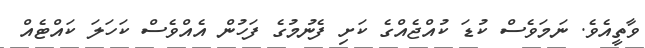
ވާތީއެވެ. ނަމަވެސް ކުޑަ ކުއްޖެއްގެ ކަށި ފެނުމުގެ ފަހުން އެއްވެސް ކަހަލަ ކައްޓެއް